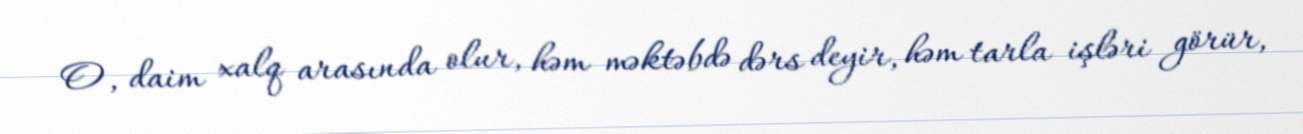
O, daim xalq arasında olur, həm məktəbdə dərs deyir, həm tarla işləri görür,